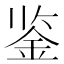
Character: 鉴